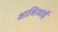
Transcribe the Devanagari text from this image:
आशिआई